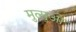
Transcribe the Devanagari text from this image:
मुत्सुओ